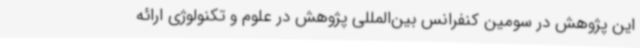
این پژوهش در سومین کنفرانس بین‌المللی پژوهش در علوم و تکنولوژی ارائه